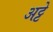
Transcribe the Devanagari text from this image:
अट्टे